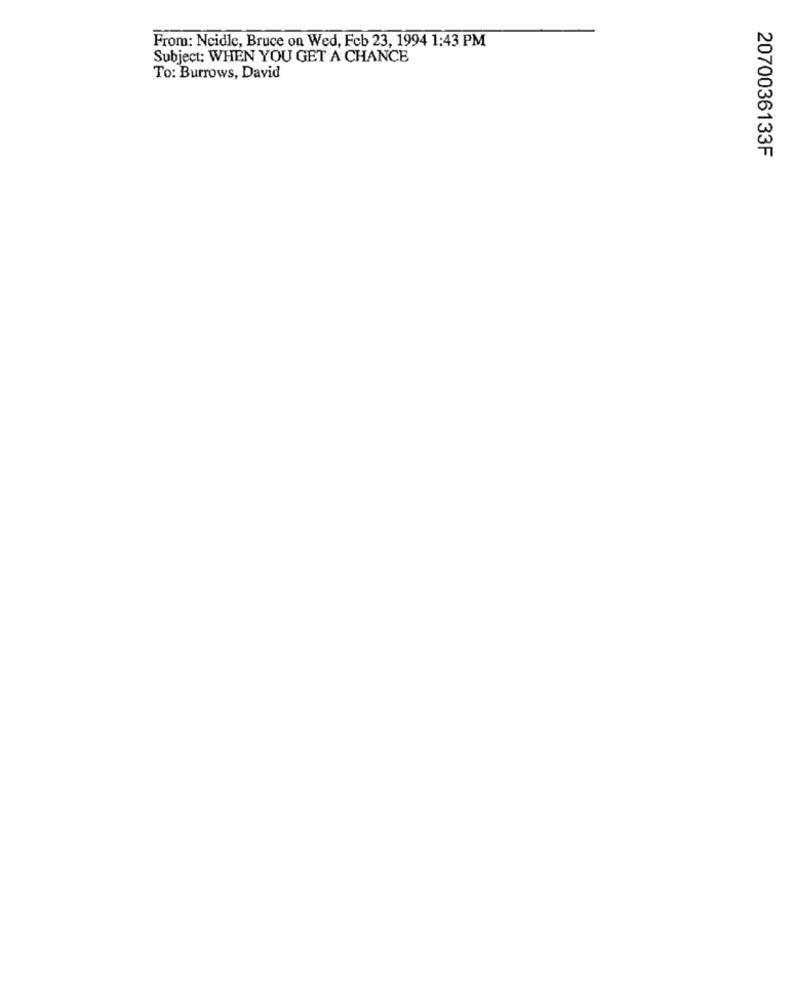
From: Ncidle, Bruce on Wed, Feb 23, 1994 1:43 PM
Subject: WHEN YOU GET A CHANCE
To: Burrows, David
2070036133F